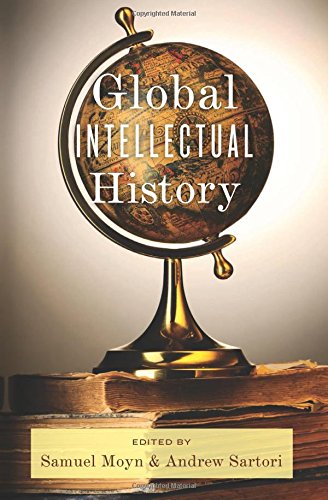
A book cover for Global Intellectual History (Columbia Studies in International and Global History); History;